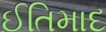
ઈતિમાદ